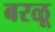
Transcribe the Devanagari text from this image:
बरळू